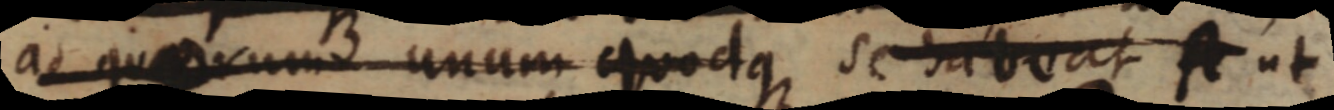
ad quaerum unum quodque se habeat ut